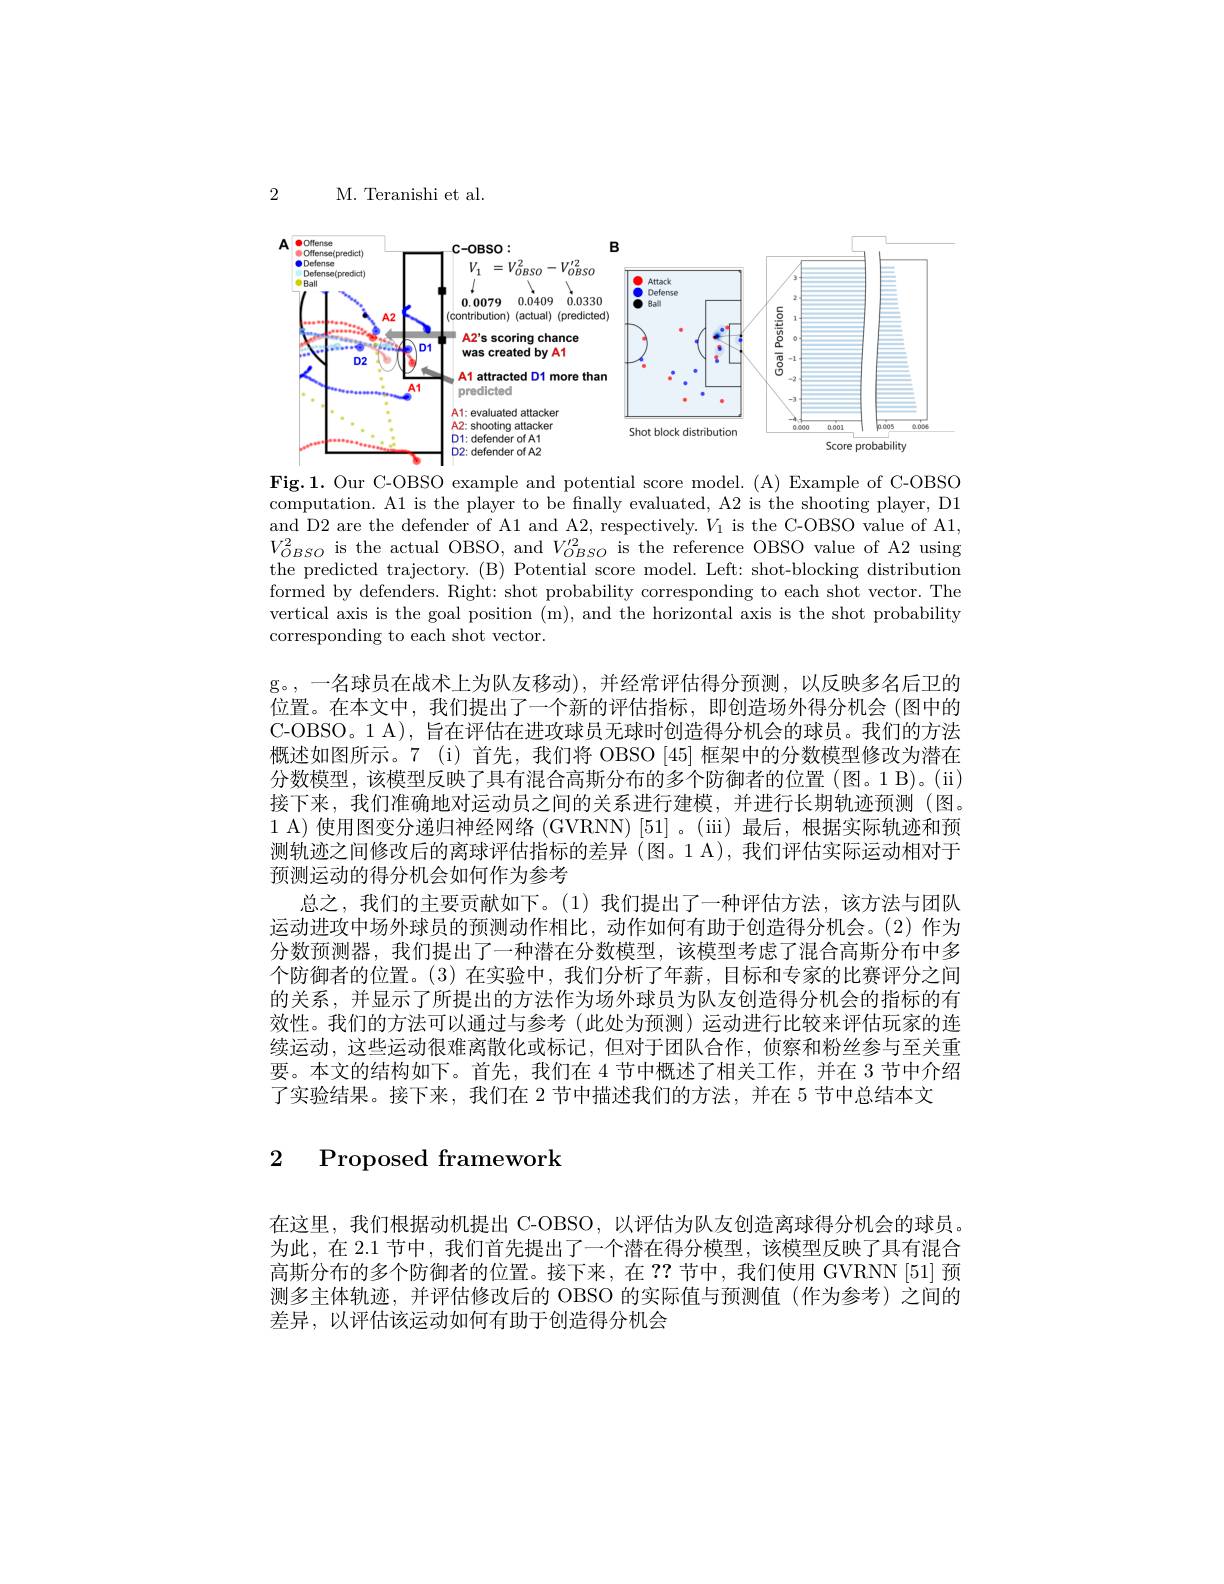
2

M. Teranishi et al.

<FigureHere>

Fig.1. Our C-OBSO example and potential score model.(A) Example of C-OBSO computation. A1 is the player to be finally evaluated, A2 is the shooting player, D1 and D2 are the defender of A1 and A2, respectively. $V_1$ is the C-OBSO value of A1, $V_{OBSO}^{2}$ is the actual OBSO, and $V_OBSO^{\prime2}$ is the reference OBSO value of A2 using the predicted trajectory. (B) Potential score model. Left: shot-blocking distribution formed by defenders. Right: shot probability corresponding to each shot vector. The vertical axis is the goal position (m), and the horizontal axis is the shot probability corresponding to each shot vector.

g。,一名球员在战术上为队友移动),并经常评估得分预测，以反映多名后卫的位置。在本文中，我们提出了一个新的评估指标，即创造场外得分机会(图中的C-OBSO。1 A), 旨在评估在进攻球员无球时创造得分机会的球员。我们的方法概述如图所示。7 (i) 首先，我们将 OBSO [45] 框架中的分数模型修改为潜在分数模型，该模型反映了具有混合高斯分布的多个防御者的位置(图。1 B)。(ii) 接下来，我们准确地对运动员之间的关系进行建模，并进行长期轨迹预测(图。1 A) 使用图变分递归神经网络 (GVRNN)[51]。(ii)最后，根据实际轨迹和预测轨迹之间修改后的离球评估指标的差异 (图。1 A), 我们评估实际运动相对于预测运动的得分机会如何作为参考
总之，我们的主要贡献如下。(1)我们提出了一种评估方法，该方法与团队运动进攻中场外球员的预测动作相比，动作如何有助于创造得分机会。(2)作为分数预测器，我们提出了一种潜在分数模型，该模型考虑了混合高斯分布中多个防御者的位置。(3) 在实验中，我们分析了年薪，目标和专家的比赛评分之间的关系，并显示了所提出的方法作为场外球员为队友创造得分机会的指标的有效性。我们的方法可以通过与参考(此处为预测)运动进行比较来评估玩家的连续运动，这些运动很难离散化或标记，但对于团队合作，侦察和粉丝参与至关重要。本文的结构如下。首先，我们在 4 节中概述了相关工作，并在 3 节中介绍了实验结果。接下来，我们在 2 节中描述我们的方法，并在 5 节中总结本文

## 2 Proposed framework

在这里，我们根据动机提出 C-OBSO,以评估为队友创造离球得分机会的球员。为此，在 2.1 节中，我们首先提出了一个潜在得分模型，该模型反映了具有混合高斯分布的多个防御者的位置。接下来，在 ?? 节中，我们使用 GVRNN [51] 预测多主体轨迹，并评估修改后的 OBSO 的实际值与预测值(作为参考)之间的差异，以评估该运动如何有助于创造得分机会